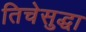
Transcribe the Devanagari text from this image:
तिचेसुद्धा